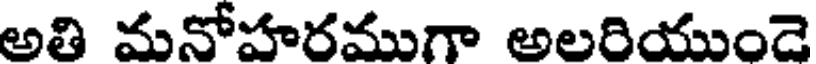
అతి మనోహరముగా అలరియుండె